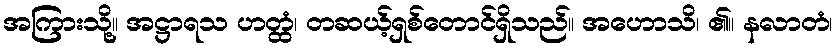
အကြားသို့။ အဋ္ဌာရသ ဟတ္ထံ၊ တဆယ့်ရှစ်တောင်ရှိသည်။ အဟောသိ၊ ၏။ နလာတံ၊